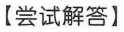
【尝试解答】